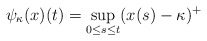
\begin{align*}\psi_\kappa(x)(t) = \sup_{0\le s \le t}(x(s) - \kappa)^+\end{align*}